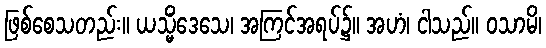
ဖြစ်စေသတည်း။ ယသ္မိံဒေသေ၊ အကြင်အရပ်၌။ အဟံ၊ ငါသည်။ ဝသာမိ၊